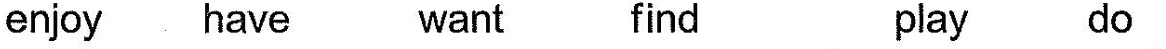
enjoy have want find play do